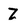
Character: Z